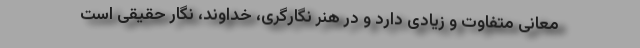
معانی متفاوت و زیادی دارد و در هنر نگارگری، خداوند، نگار حقیقی است